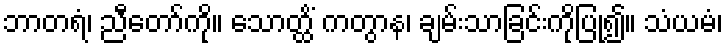
ဘာတရံ၊ ညီတော်ကို။ သောတ္ထိံ ကတွာန၊ ချမ်းသာခြင်းကိုပြု၍။ သံယမံ၊